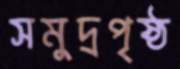
সমুদ্রপৃষ্ঠ